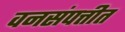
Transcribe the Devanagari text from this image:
वनसंपत्तीत